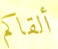
ألقاكم